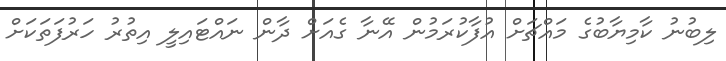
ލިބުނު ކާމިޔާބުގެ މައްޗަށް އުފާކުރަމުން އޭނާ ގެއަށް ދާން ނައްޓައިލީ އިތުރު ހަރުފަތަކަށް